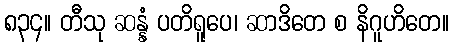
၈၃၄။ တီသု ဆန္နံ ပတိရူပေ၊ ဆာဒိတေ စ နိဂူဟိတေ။